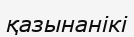
қазынанікі